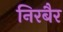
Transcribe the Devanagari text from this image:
निरबैर